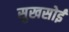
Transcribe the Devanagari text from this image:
सुखसोई